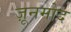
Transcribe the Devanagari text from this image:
ज़ूनमोद